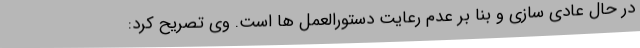
در حال عادی سازی و بنا بر عدم رعایت دستورالعمل ها است. وی تصریح کرد: